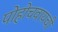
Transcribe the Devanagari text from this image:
पोहोचवायची